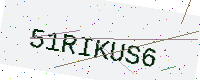
Text: 51RIKUS6